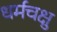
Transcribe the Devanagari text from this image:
धर्मचक्षु